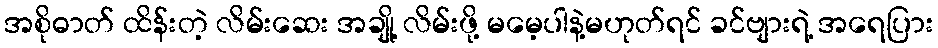
အစိုဓာတ် ထိန်းတဲ့ လိမ်းဆေး အချို့ လိမ်းဖို့ မမေ့ပါနဲ့မဟုတ်ရင် ခင်ဗျားရဲ့ အရေပြား